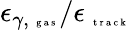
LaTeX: \epsilon_{\gamma,\mathrm{~\tiny~g~a~s~}}/\epsilon_{\mathrm{~\tiny~t~r~a~c~k~}}